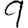
Digit: 9